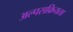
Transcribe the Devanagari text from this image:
अल्पसक्रियता